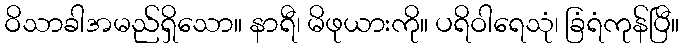
ဝိသာခါအမည်ရှိသော။ နာရီ၊ မိဖုယားကို။ ပရိဝါရေသုံ၊ ခြံရံကုန်ပြီ။